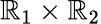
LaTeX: \mathbb{R}_{1}\times\mathbb{R}_{2}